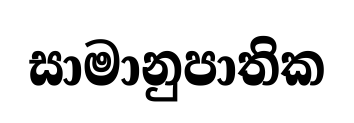
සාමානුපාතික